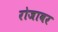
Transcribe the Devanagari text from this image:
रोजावर